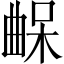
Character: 𣍀